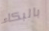
بالبكاء